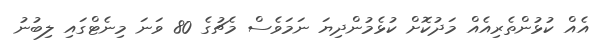
އެއް ކުޅުންތެރިއެއް މަދުކޮށް ކުޅެމުންދިޔަ ނަމަވެސް މެޗުގެ 80 ވަނަ މިނެޓްގައި ލިބުނު